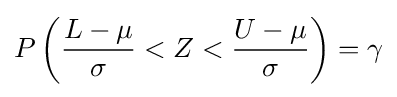
P\left({\frac {L-\mu }{\sigma }}<Z<{\frac {U-\mu }{\sigma }}\right)=\gamma